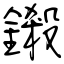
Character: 鎩